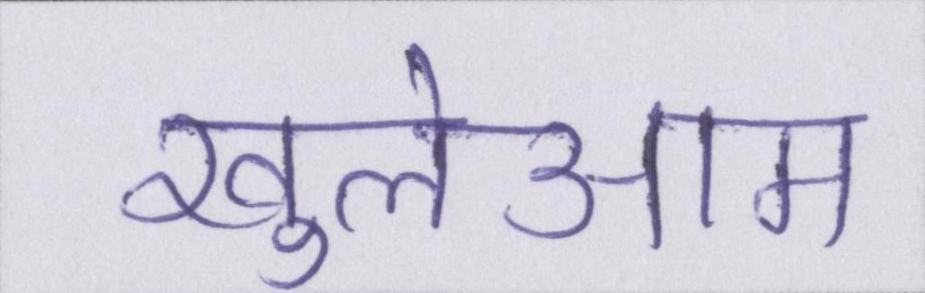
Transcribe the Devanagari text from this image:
खुलेआम